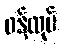
ဝန်ထုပ်